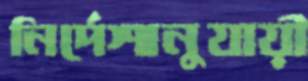
নির্দেশানুযায়ী